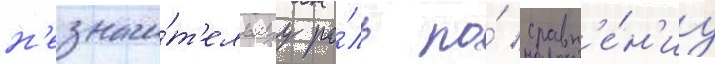
н'езначи́т'ельнуу ро́ль по́ сравн'е́н'иу